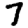
Digit: 7